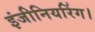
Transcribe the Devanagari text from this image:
इंजीनियरिंग।